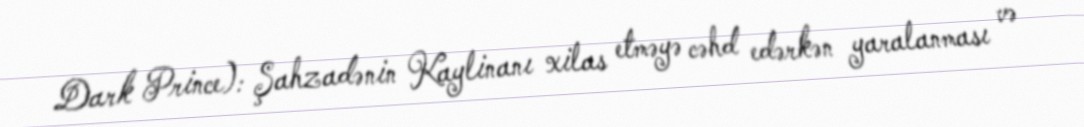
Dark Prince): Şahzadənin Kaylinanı xilas etməyə cəhd edərkən yaralanması və